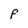
Character: f